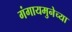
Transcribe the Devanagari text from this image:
गंगायमुनेच्या